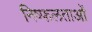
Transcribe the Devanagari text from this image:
निष्फलताओं